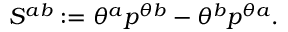
S ^ { a b } : = \theta ^ { a } p ^ { \theta b } - \theta ^ { b } p ^ { \theta a } .